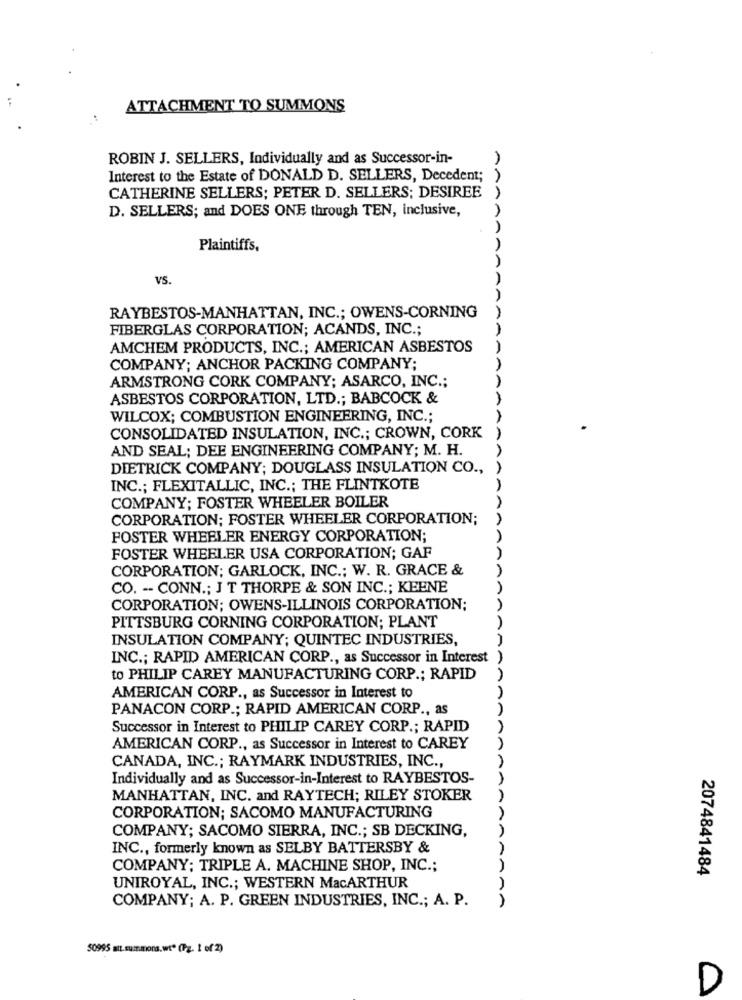
ATTACHMENT TO SUMMONS
ROBIN J. SELLERS, Individually and as Successor-in-
1
Interest to the Estate of DONALD D. SELLERS, Decedent;
CATHERINE SELLERS; PETER D. SELLERS; DESIREE )
D. SELLERS; and DOES ONE through TEN, inclusive,
Plaintiffs.
VS.
RAYBESTOS-MANHATTAN, INC .; OWENS-CORNING
AnnanARA
FIBERGLAS CORPORATION; ACANDS, INC .;
AMCHEM PRODUCTS, INC .; AMERICAN ASBESTOS
COMPANY; ANCHOR PACKING COMPANY;
ARMSTRONG CORK COMPANY; ASARCO, INC .;
ASBESTOS CORPORATION, LTD .; BABCOCK &
WILCOX; COMBUSTION ENGINEERING, INC .;
CONSOLIDATED INSULATION, INC .; CROWN, CORK
AAA
AND SEAL; DEE ENGINEERING COMPANY; M. H.
DIETRICK COMPANY; DOUGLASS INSULATION CO .,
INC .; FLEXITALLIC, INC .; THE FLINTKOTE
COMPANY; FOSTER WHEELER BOILER
CORPORATION; FOSTER WHEELER CORPORATION;
FOSTER WHEELER ENERGY CORPORATION;
FOSTER WHEELER USA CORPORATION; GAF
CORPORATION; GARLOCK, INC .; W. R. GRACE &
CO. -- CONN .; J T THORPE & SON INC .; KEENE
CORPORATION; OWENS-ILLINOIS CORPORATION;
PITTSBURG CORNING CORPORATION; PLANT
INSULATION COMPANY; QUINTEC INDUSTRIES,
INC .; RAPID AMERICAN CORP ., as Successor in Interest
to PHILIP CAREY MANUFACTURING CORP .; RAPID
AMERICAN CORP ., as Successor in Interest to
PANACON CORP .; RAPID AMERICAN CORP ., as
Successor in Interest to PHILIP CAREY CORP .; RAPID
AMERICAN CORP ., as Successor in Interest to CAREY
CANADA, INC .; RAYMARK INDUSTRIES, INC .,
Individually and as Successor-in-Interest to RAYBESTOS-
MANHATTAN, INC. and RAYTECH; RILEY STOKER
CORPORATION; SACOMO MANUFACTURING
COMPANY; SACOMO SIERRA, INC .; SB DECKING,
INC ., formerly known as SELBY BATTERSBY &
COMPANY; TRIPLE A. MACHINE SHOP, INC .;
2074841484
UNIROYAL, INC .; WESTERN MacARTHUR
COMPANY; A. P. GREEN INDUSTRIES, INC .; A. P.
50995 att.summons.wt* (Pz. 1 of 2)
D